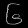
Digit: ၆